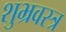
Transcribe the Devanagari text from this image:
शुभ्रवस्त्र